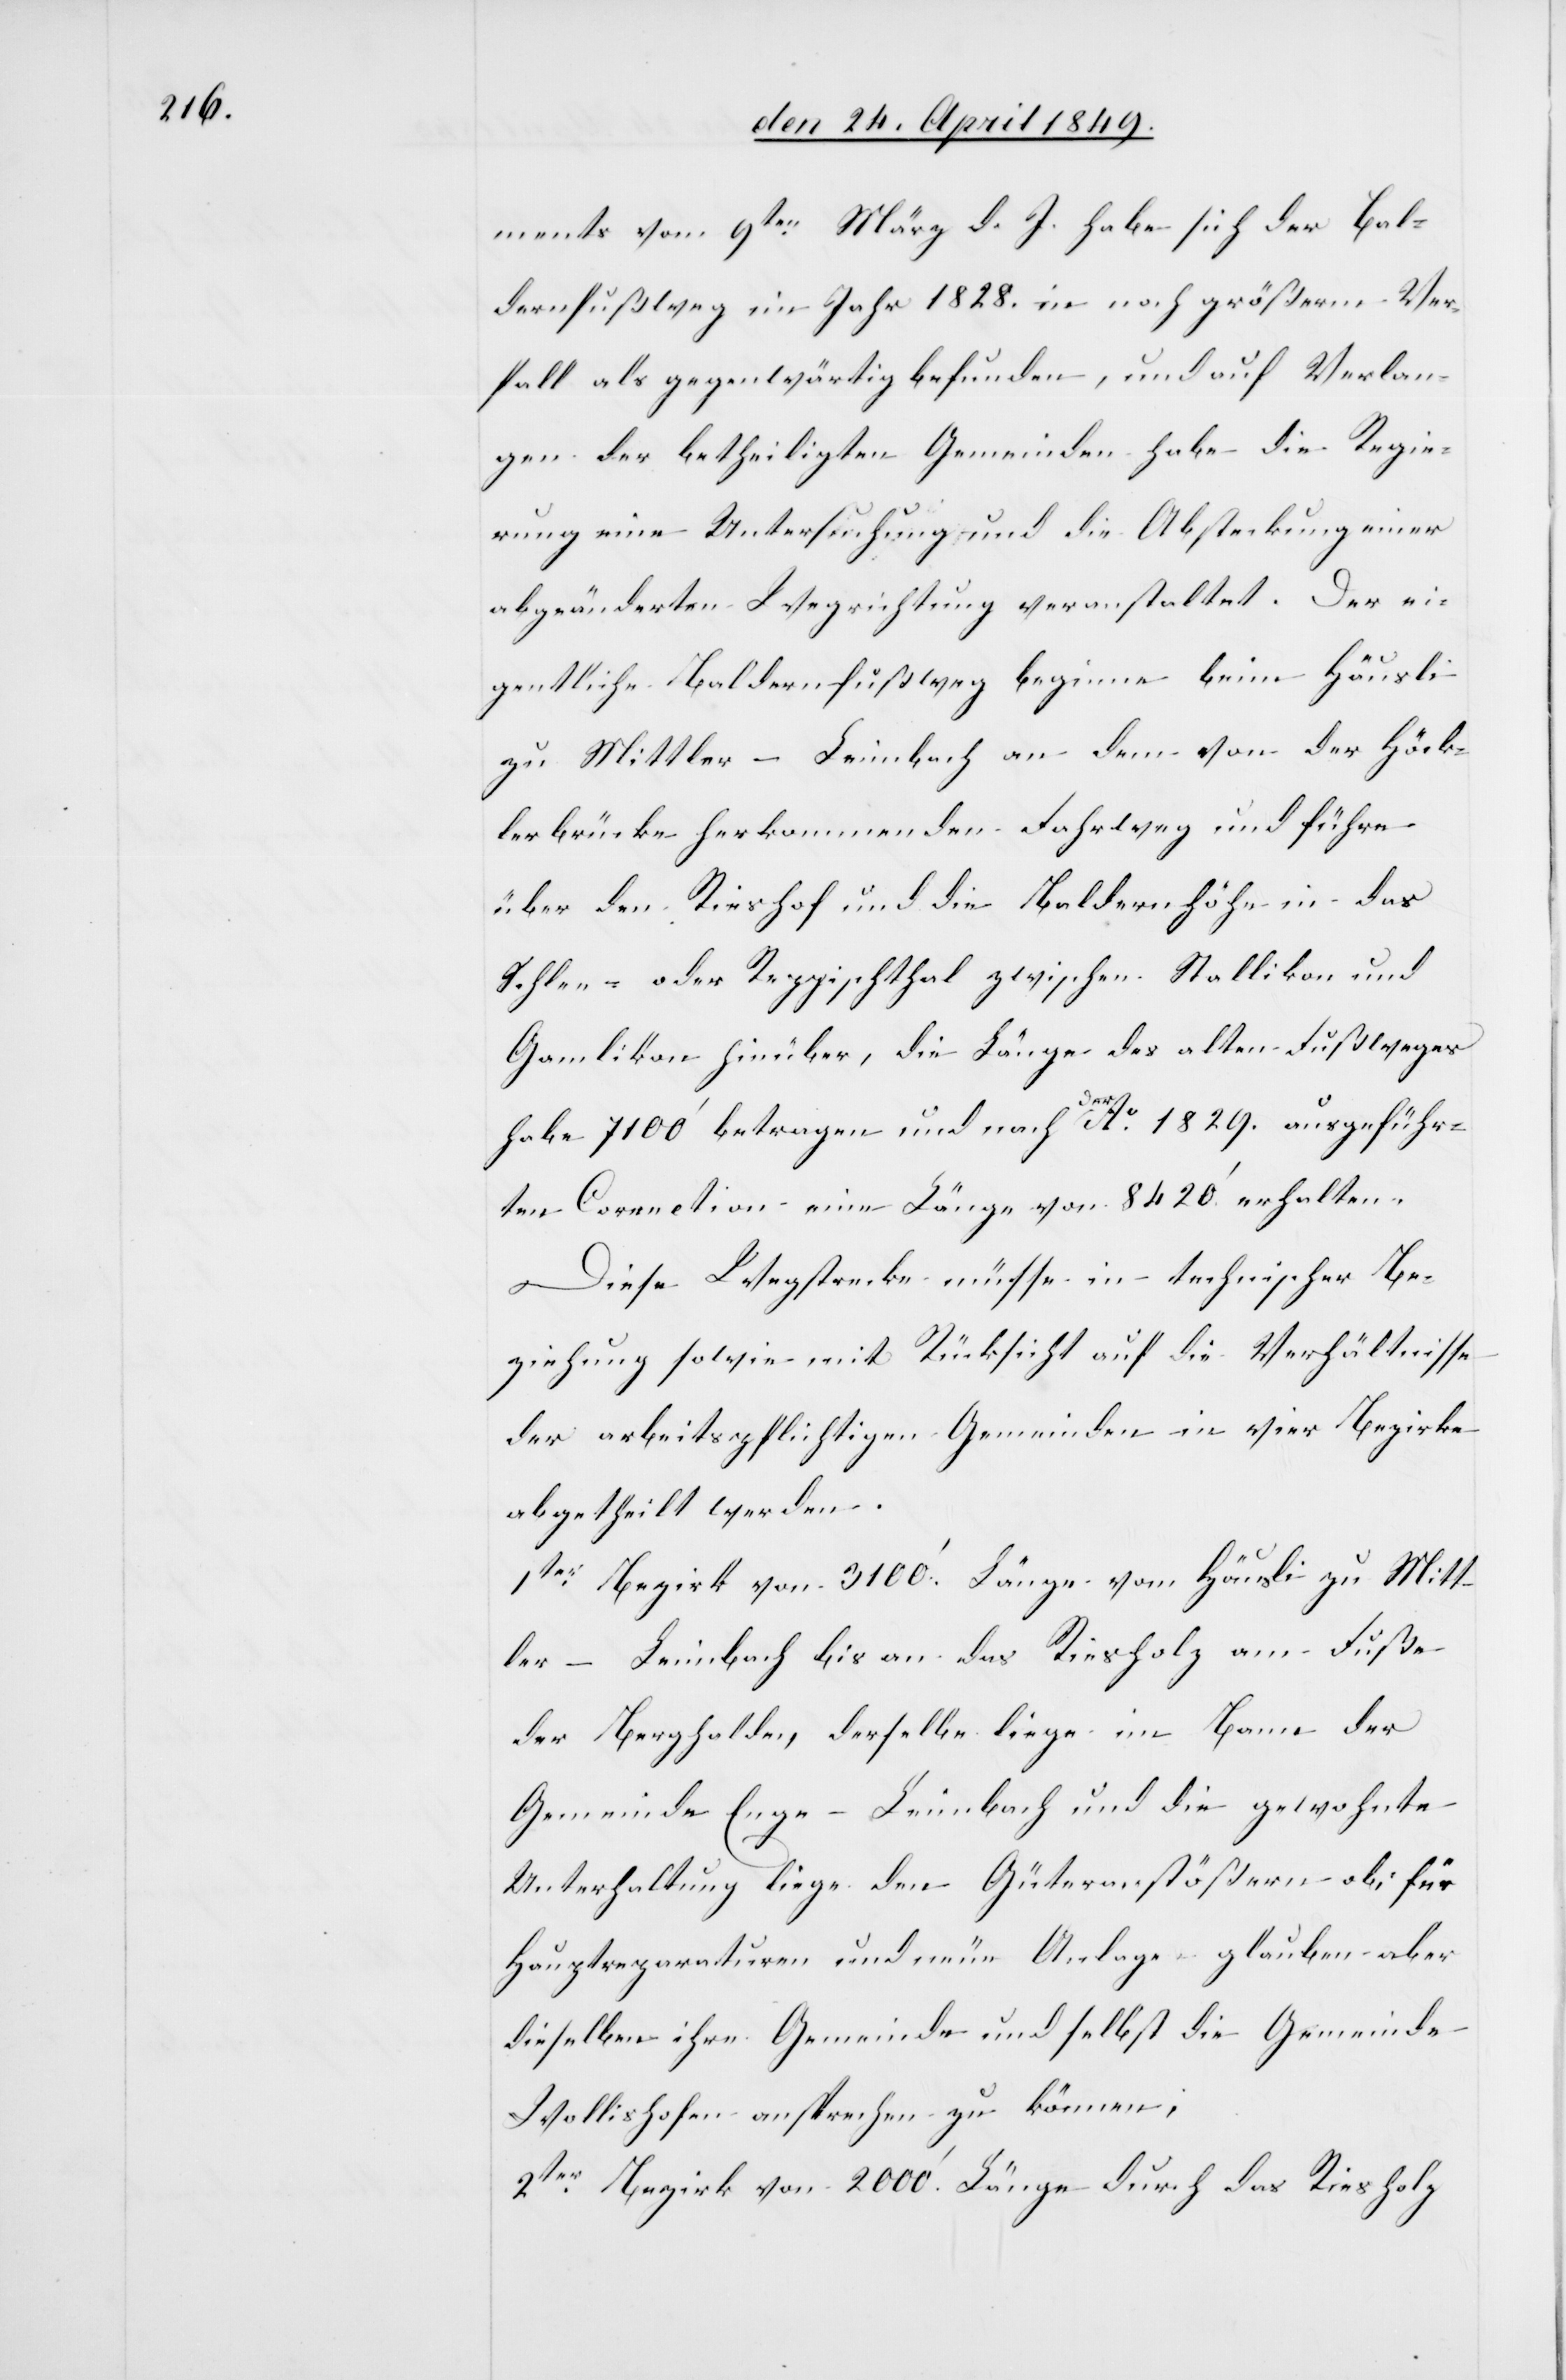
ments vom 9ten März d. J. habe sich der Bal¬
dernfußweg im Jahr 1828. in noch größerm Ver¬
fall als gegenwärtig befunden, und auf Verlan¬
gen der betheiligten Gemeinden habe die Regie¬
rung eine Untersuchung und die Absteckung einer
abgeänderten Wegrichtung veranstaltet. Der ei¬
gentliche Baldernfußweg beginne beim Häusli
zu Mittler-Leimbach an dem von der Höck¬
lerbrücke herkommenden Fahrweg und führe
über den Rieshof und die Baldernhöhe in das
Schlee- oder Reppischthal zwischen Stallikon und
Gamlikon hinüber, die Länge des alten Fußweges
habe 7100‘ betragen und nach der Ao 1829. ausgeführ¬
ten Correction eine Länge von 8420.‘ erhalten.
Diese Wegstrecke müsse in technischer Be¬
ziehung sowie mit Rücksicht auf die Verhältnisse
der arbeitspflichtigen Gemeinden in vier Bezirke
abgetheilt werden.
1ter Bezirk von 3100.‘ Länge vom Häusli zu Mitt¬
ler-Leimbach bis an das Riesholz am Fuße
der Berghalde, derselbe liege im Banne der
Gemeinde Enge-Leimbach und die gewohnte
Unterhaltung liege den Güteranstößern ob; für
Hauptreparaturen und neue Anlage glauben aber
dieselben ihre Gemeinde und selbst die Gemeinde
Wollishofen ansprechen zu können;
2ter Bezirk von 2000.‘ Länge durch das Rieshholz